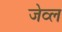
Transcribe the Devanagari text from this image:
जेव्ल